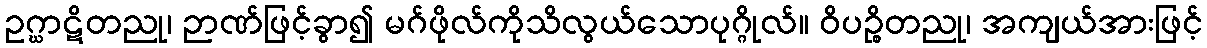
ဥဂ္ဃာဋိတညု၊ ဉာဏ်ဖြင့်ခွာ၍ မဂ်ဖိုလ်ကိုသိလွယ်သောပုဂ္ဂိုလ်။ ဝိပဉ္စိတညု၊ အကျယ်အားဖြင့်